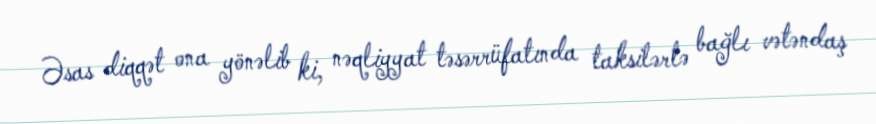
Əsas diqqət ona yönəlib ki, nəqliyyat təsərrüfatında taksilərlə bağlı vətəndaş